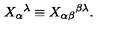
X _ { \alpha } { } ^ { \lambda } \equiv X _ { \alpha \beta } { } ^ { \beta \lambda } .